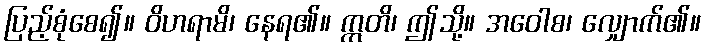
ပြည့်စုံစေ၍။ ဝိဟရာမိ၊ နေရ၏။ ဣတိ၊ ဤသို့။ အဝေါစ၊ လျှောက်၏။